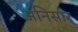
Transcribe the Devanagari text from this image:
अनिसार